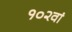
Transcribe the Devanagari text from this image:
१०२वां